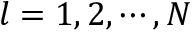
l = 1 , 2 , \cdots , N